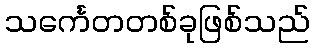
သင်္ကေတတစ်ခုဖြစ်သည်